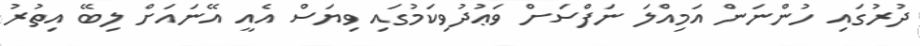
ދުރުގައި ހުންނަން އަމިއްލަ ނަފްސަށް ވަޢުދުވިކަމުގައި ވިޔަސް އެއީ އޭނައަށް ލިބޭ އިތުރު